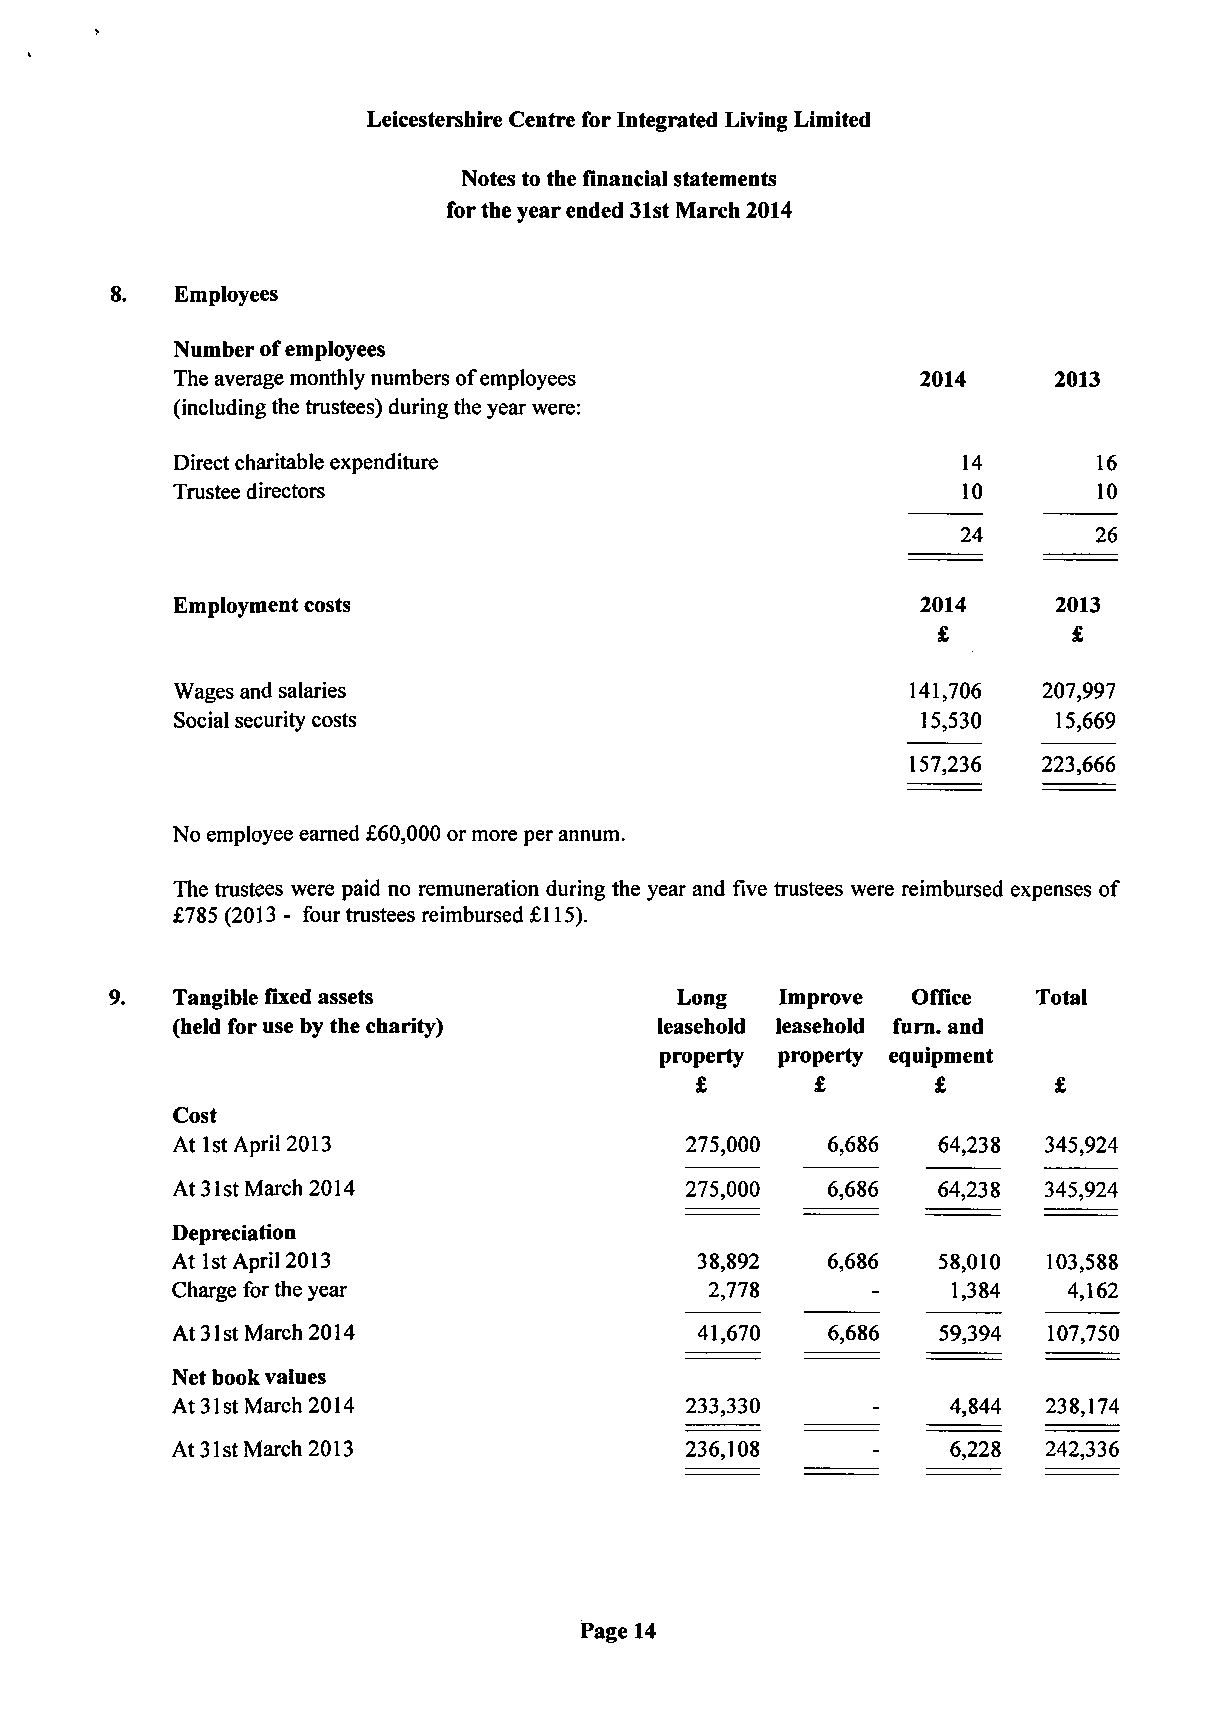
Leicestershire Centre for Integrated Living Limited
 Notes to the financial statements
 for the year ended 31st March 2014
 Employees
 Number of employees
 The average monthly numbers of employees           2014     2013
 (including the trustees) during the year were:
 Direct charitable expenditure                        14       16
 Trustee directors                                    10       10
 24      26
 Employment costs                                  2014    2013
 £        £
 Wages and salaries                              141,706  207,997
 Social security costs                            15,530   15,669
 157,236  223,666
 No employee earned £60,000 or more per annum.
 The trustees were paid no remuneration during the year and five trustees were reimbursed expenses of
 £785 (2013 - four trustees reimbursed £115).
 Tangible fixed assets             Long   Improve  Office  Total
 (held for use by the charity)    leasehold leasehold furn. and
 property property equipment
 £       £       £       £
 Cost
 At 1st April 2013                  275,000  6,686  64,238  345,924
 At 31st March 2014                 275,000  6,686  64,238  345,924
 Depreciation
 At 1st April 2013                  38,892   6,686  58,010  103,588
 Charge for the year                 2,778      -    1,384   4,162
 At 31st March 2014                 41,670   6,686  59,394  107,750
 Net book values
 At 31st March 2014                 233,330     -    4,844 238,174
 At 31st March 2013                 236,108     -    6,228  242,336
 Page 14